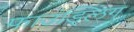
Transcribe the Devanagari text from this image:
फाउंड्लिंग